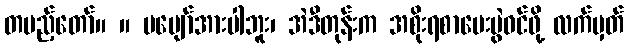
တပည့်တော်။ ။ မပျော်အားပါဘူး၊ အဲဒီတုန်းက အစိုးရစာမေးပွဲဝင်ဖို့ လက်မှတ်